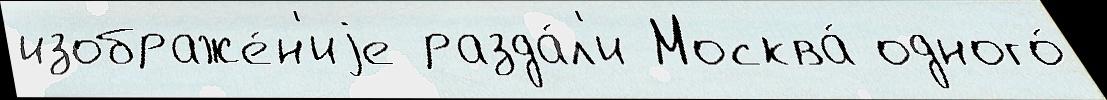
изображе́н'иjе разда́л'и Москва́ одного́